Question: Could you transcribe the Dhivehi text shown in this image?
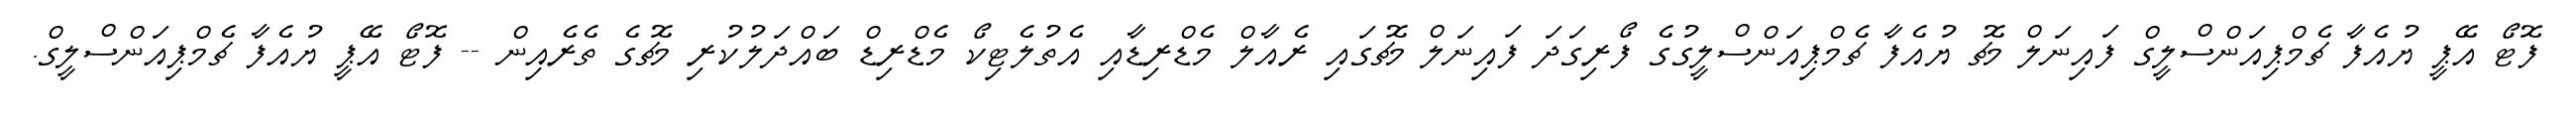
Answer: ފޮޓޯ އޭޕީ ޔުއެފާ ޗެމްޕިއަންސްލީގް ފައިނަލް މެޗު ޔުއެފާ ޗެމްޕިއަންސްލީގުގެ ފޯރިގަދަ ފައިނަލް މެޗުގައި ރެއާލް މެޑްރިޑާއި އެތުލެޓިކޯ މެޑްރިޑް ބައްދަލުކުރި މެޗުގެ ތެރެއިން -- ފޮޓޯ އޭޕީ ޔުއެފާ ޗެމްޕިއަންސްލީގް.